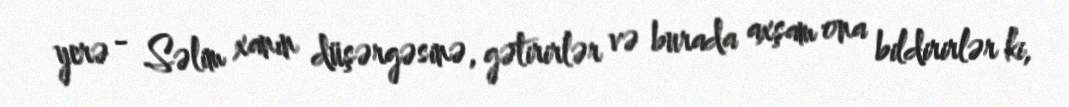
yerə - Səlim xanın düşərgəsinə, gətirirlər və burada axşam ona bildirirlər ki,